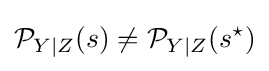
{\mathcal {P}}_{Y\mid Z}(s)\neq {\mathcal {P}}_{Y\mid Z}(s^{\star })